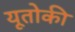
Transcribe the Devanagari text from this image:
यूतोकी